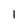
Character: I